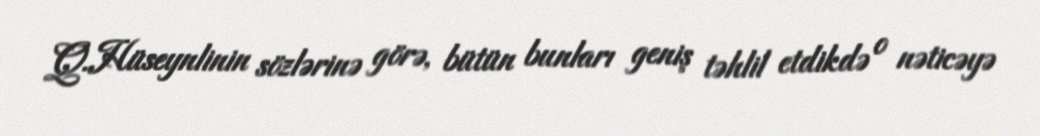
Q.Hüseynlinin sözlərinə görə, bütün bunları geniş təhlil etdikdə o nəticəyə